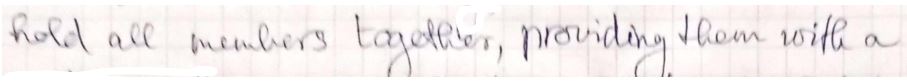
hold all members together, providing them with a